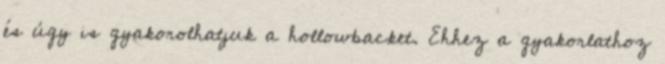
és úgy is gyakorolhatjuk a hollowbacket. Ehhez a gyakorlathoz